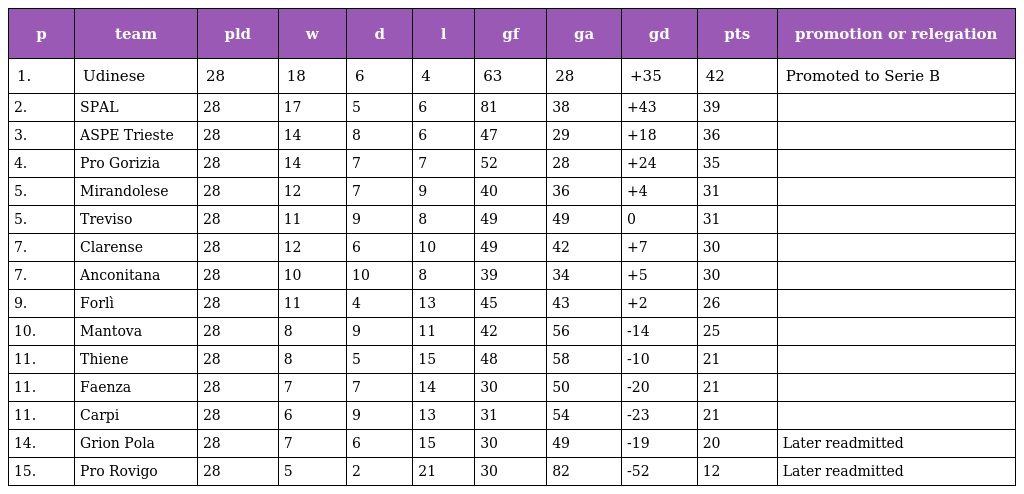
| p | team | pld | w | d | l | gf | ga | gd | pts | promotion or relegation |
 | --- | --- | --- | --- | --- | --- | --- | --- | --- | --- | --- |
 | 1. | Udinese | 28 | 18 | 6 | 4 | 63 | 28 | +35 | 42 | Promoted to Serie B |
 | 2. | SPAL | 28 | 17 | 5 | 6 | 81 | 38 | +43 | 39 |  |
 | 3. | ASPE Trieste | 28 | 14 | 8 | 6 | 47 | 29 | +18 | 36 |  |
 | 4. | Pro Gorizia | 28 | 14 | 7 | 7 | 52 | 28 | +24 | 35 |  |
 | 5. | Mirandolese | 28 | 12 | 7 | 9 | 40 | 36 | +4 | 31 |  |
 | 5. | Treviso | 28 | 11 | 9 | 8 | 49 | 49 | 0 | 31 |  |
 | 7. | Clarense | 28 | 12 | 6 | 10 | 49 | 42 | +7 | 30 |  |
 | 7. | Anconitana | 28 | 10 | 10 | 8 | 39 | 34 | +5 | 30 |  |
 | 9. | Forlì | 28 | 11 | 4 | 13 | 45 | 43 | +2 | 26 |  |
 | 10. | Mantova | 28 | 8 | 9 | 11 | 42 | 56 | -14 | 25 |  |
 | 11. | Thiene | 28 | 8 | 5 | 15 | 48 | 58 | -10 | 21 |  |
 | 11. | Faenza | 28 | 7 | 7 | 14 | 30 | 50 | -20 | 21 |  |
 | 11. | Carpi | 28 | 6 | 9 | 13 | 31 | 54 | -23 | 21 |  |
 | 14. | Grion Pola | 28 | 7 | 6 | 15 | 30 | 49 | -19 | 20 | Later readmitted |
 | 15. | Pro Rovigo | 28 | 5 | 2 | 21 | 30 | 82 | -52 | 12 | Later readmitted |